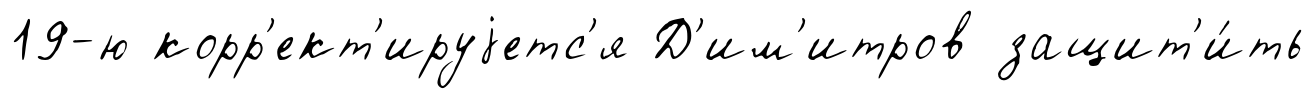
19-ю корр'ект'ируjетс'я Д'им'итров защит'и́ть